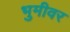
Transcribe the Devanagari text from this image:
भुमीवर